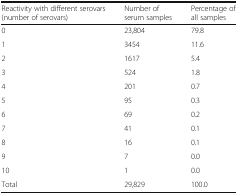
| Reactivity with different serovars (number of serovars) | Number of serum samples | Percentage of all samples |
 | --- | --- | --- |
 | 0 | 23,804 | 79.8 |
 | 1 | 3454 | 11.6 |
 | 2 | 1617 | 5.4 |
 | 3 | 524 | 1.8 |
 | 4 | 201 | 0.7 |
 | 5 | 95 | 0.3 |
 | 6 | 69 | 0.2 |
 | 7 | 41 | 0.1 |
 | 8 | 16 | 0.1 |
 | 9 | 7 | 0.0 |
 | 10 | 1 | 0.0 |
 | Total | 29,829 | 100.0 |